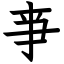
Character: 亊